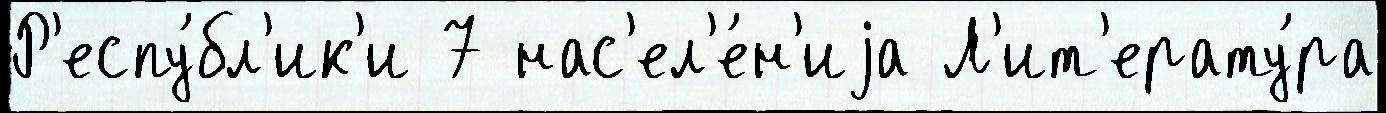
Р'еспу́бл'ик'и 7 нас'ел'е́н'иjа Л'ит'ерату́ра